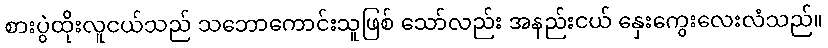
စားပွဲထိုးလူငယ်သည် သဘောကောင်းသူဖြစ် သော်လည်း အနည်းငယ် နှေးကွေးလေးလံသည်။